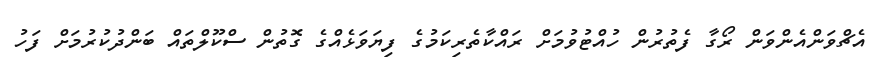
އެޗްވަންއެންވަން ރޯގާ ފެތުރުން ހުއްޓުވުމަށް ރައްކާތެރިކަމުގެ ފިޔަވަޅެއްގެ ގޮތުން ސްކޫލްތައް ބަންދުކުރުމަށް ފަހު